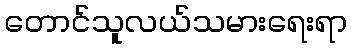
တောင်သူလယ်သမားရေးရာ